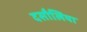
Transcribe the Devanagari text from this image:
दसौलिया